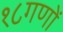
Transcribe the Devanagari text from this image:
१८गणों